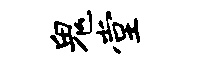
鬼堂